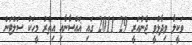
ވަކީލާ ވިދާޅުވީ ޖެނުއަރީ 29 2011 ގައި ޣައްސާނާއި އިތުރު މީހަކު ސަލްޓަން